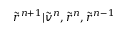
\tilde { r } ^ { n + 1 } | \tilde { v } ^ { n } , \tilde { r } ^ { n } , \tilde { r } ^ { n - 1 }